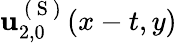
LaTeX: \mathbf{u}_{2,0}^{\mathrm{~(~S~)~}}(x-t,y)